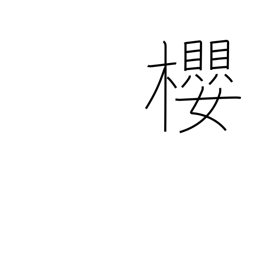
Meaning: cherry